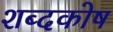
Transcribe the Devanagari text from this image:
शब्‍दकोष